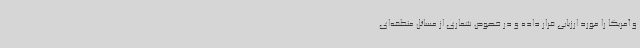
و آمریکا را مورد ارزیابی قرار داده و در خصوص شماری از مسائل منطقه‌ای